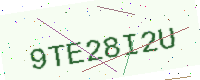
Text: 9TE28I2U